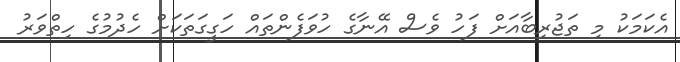
އެކަމަކު މި ތަޖުރިބާއަށް ފަހު ވެސް އޭނާގެ ހުވަފެންތައް ހަގީގަތަކަށް ހެދުމުގެ ހިތްވަރު